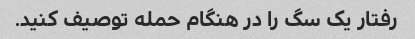
رفتار یک سگ را در هنگام حمله توصیف کنید.